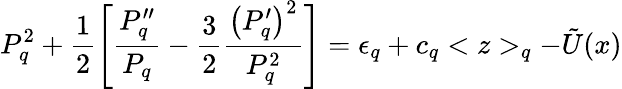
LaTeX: P_{q}^{2}+\frac{1}{2}\left[\frac{P_{q}^{\prime\prime}}{P_{q}}-\frac{3}{2}\frac{\left(P_{q}^{\prime}\right)^{2}}{P_{q}^{2}}\right]=\epsilon_{q}+c_{q}<z>_{q}-\tilde{U}(x)